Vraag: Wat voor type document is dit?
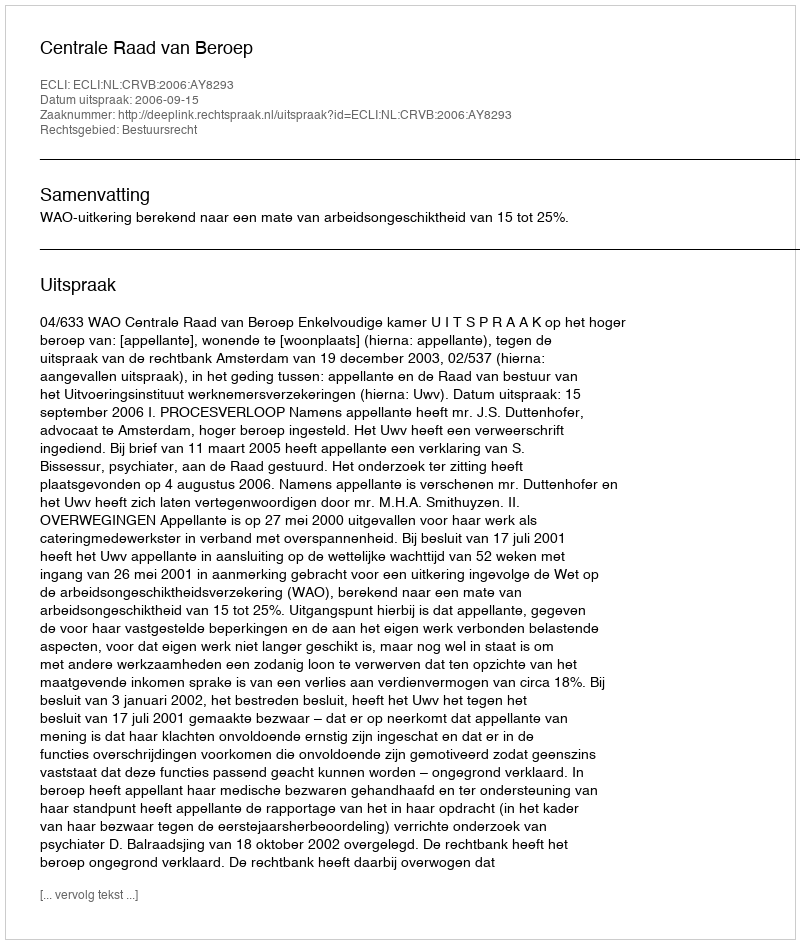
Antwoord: Uitspraak